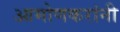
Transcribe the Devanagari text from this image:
आमोणकरांनी